Vital statistics of India. Vol. VI, European troops 1870-79
Year: 1870
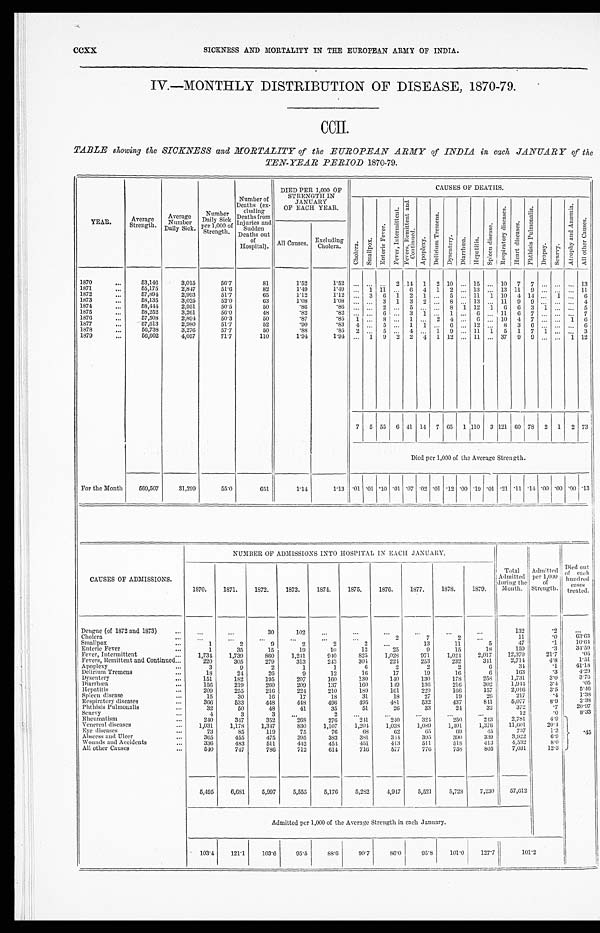
CCXX
SICKNESS AND MORTALITY IN TILE EUROPEAN ARMY OF INDIA.
IV.—MONTHLY DISTRIBUTION OF DISEASE, 1870-79.
CCII.
TABLE showing the SICKNESS and MORTALITY of the EUROPEAN ARMY of INDIA in each JANUARY of the
TEN-YEAR PERIOD 1870-79.
YEAR.
Average
Strength.
Average
Number
Daily Sick.
Number
Daily Sick
per 1,000 of
Strength.
N u m b e r o f D e a t h s ( e x - c l u d i n g D e a t h s f r o m I n j u r i e s a n d S u d d e n D e a t h s o u t o f H o s p i t a l ) .
DIED PER 1,000 OF
STRENGTH IN
JANUARY
OF EACH YEAR.
CAUSES OF DEATHS.
C h o l e r a . S ma l l p o x .
E n t e r i c F e v e r .
F e v e r , I n t e r mi t t e n t .
F e v e r s , R e m i t t e n t a n d C o n t i n u e d .
Ap o p l e x y .
D e l i r i u m T r e m e n s .
Dys e nt e r y. D i a r r h œ a .
H e p a t i t i s .
S p l e e n d i s e a s e .
R e s p i r a t o r y d i s e a s e s .
H e a r t d i s e a s e s .
P h t h i s i s P u l m o n a l i s .
Dr opsy. S e u r v y .
A t r o p h y a n d A n æ m i a .
A l l o t h e r C a u s e s .
All Causes. Excluding
Cholera.
1870
5 3 , 1 4 6
3 , 0 1 5
5 6 . 7
8 1
1 . 5 2
1 . 5 2
. . .
. . . . . .
2
1 4
1
2
1 0 . . .
1 5
. . .
1 0
7
7
. . .
. . .
. . .
1 3
1871
5 5 , 1 7 5
2 , 8 4 7
5 1 . 6
8 2
1 . 4 9
1 . 4 9
. . .
1
1 1
. . .
6
4 1
2 . . .
1 3
. . .
1 3
1 1
9
. . .
. . . . . .
1 1
1872
5 7 , 8 9 4
2 , 9 9 3
5 1 . 7
6 5
1 . 1 2
1 . 1 2
. . .
3
6
1
2
1
. . .
5 . . .
1 1
1
1 0
4
1 4
. . .
1
. . .
6
1873
5 8 , 1 3 5
3 , 0 2 5
5 2 . 0
6 3
1 . 0 8
1 . 0 8
. . .
. . .
3
1
3
2
. . .
8 . . .
1 3
. . .
1 1
9
9
. . .
. . .
. . .
4
1874
5 8 , 4 4 4
2 , 9 5 1
5 0 . 5
5 0
. 8 6
. 8 6
. . .
. . .
2
. . .
5
. . . . . .
8
1
1 2
1
6
6
3
1
. . .
. . .
5
1875
5 8 , 2 5 2
3 , 2 6 1
5 6 . 0
4 8
. 8 2
. 8 2
. . .
. . .
6
. . .
3
1
. . .
1 . . .
6
. . .
1 1
6
7
. . .
. . .
. . .
7
1876
5 7 , 5 0 8
2 , 8 9 4
5 0 . 3
5 0
. 8 7
. 8 5
1
. . .
8
. . .
1
. . .
2
4 . . .
6
. . .
1 0
4
7
. . .
. . .
1
6
1877
5 7 , 6 1 3
2 , 9 8 0
5 1 . 7
5 2
. 9 0
. 8 3
4
. . .
5
. . .
1
1
. . .
6 . . .
1 2
. . .
8
3
6
. . .
. . .
. . .
6
1878
5 6 , 7 3 8
3 , 2 7 6
5 7 . 7
5 0
. 8 8
. 8 5
2
. . .
5
. . .
4
. . .
1
9 . . .
1 1
1
5
1
7
1
. . .
. . .
3
1879
5 6 , 6 0 2
4 , 0 5 7
7 1 . 7
1 1 0
1 . 9 4
1 . 9 4
. . .
1
9
2
2
4
1
1 2 . . .
1 1
. . .
3 7
9
9
. . .
. . .
1
1 2
7
5
5 5
6
4 1
1 4 7
6 5
1
1 1 0
3
1 2 1
6 0
7 8
2
1
2
7 3
Died per 1,000 of the Average Strength.
For the Month
5 6 9 , 5 0 7
3 1 , 2 9 9
5 5 . 0
6 5 1
1 . 1 4
1 . 1 3
. 0 1
. 0 1
. 1 0
. 0 1
. 0 7
. 0 2 . 0 1
. 1 2
. 0 0
. 1 9
. 0 1
. 2 1
. 1 1
. 1 4
. 0 0
. 0 0
. 0 0
. 1 3
CAUSES OF ADMISSIONS.
NUMBER OF ADMISSIONS INTO HOSPITAL IN EACH JANUARY.
Tot al Admi t t ed duri ng t he Mont h.
Ad mi t t e d p e r 1 , 0 0 0 o f S t r e n g t h .
D i e d o u t o f e a c h h u n d r e d c a s e s t r e a t e d .
1870.
1871.
1872.
1873.
1874
1875.
1876.
1877.
1878.
1 8 7 9
Dengue (of 1872 and 1873)
. . .
. . .
3 0
1 0 2
. . .
. . .
. . .
. . .
. . .
. . .
1 3 2
. 2 . . .
Cholera
. . .
. . .
. . .
. . .
. . .
. . .
2
7
2
. . .
1 1
. 0 6 3 . 6 3
Smallpox
1
2
9
2
2
2
. . .
1 3
1 1
5
4 7
. 1
1 0 . 6 4
Enteric Fever
1
3 5
1 5
1 9
1 0
1 2
2 5
9
1 5
1 8
1 5 9
. 3 3 4 . 5 9
Fever, Intermittent
1 , 7 3 4
1 , 7 3 9
8 6 0
1 , 2 4 1
9 4 0
8 2 5
1 , 0 2 8
9 7 1
1 , 0 2 4
2 , 0 1 7
1 2 , 3 7 9
2 1 . 7
. 0 5
Fevers, Remittent and Continued
2 2 0
3 0 5
2 7 9
3 1 3
2 4 3
3 0 4
2 2 4
2 5 3
2 3 2
3 4 1
2 , 7 1 4
4 . 8
1 . 5 1
Apoplexy
3
9
2
1
1
6
2
2
2
6
3 4
. 1 4 1 . 1 8
Delirium Tremens
1 8
2 4
2 6
9
1 2
1 6
1 7
1 9
1 6
6
1 6 3
. 3
4 . 2 9
Dysentery
1 5 1
1 8 2
1 9 5
2 0 7
1 6 0
1 3 0
1 4 0
1 3 0
1 7 8
2 5 8
1 , 7 3 1
3 . 0
3 . 7 6
Diarrhœa
1 5 6
2 1 9
2 6 0
2 0 9
1 3 7
1 6 0
1 4 9
1 3 6
2 1 6
3 0 2
1 , 9 4 4
3 . 4
. 0 5
Hepatitis
2 0 9
2 5 5
2 1 6
2 2 4
2 1 0
1 8 9
1 6 1
2 2 9
1 6 6
1 5 7
2 , 0 1 6
3 . 5
5 . 4 6
Spleen disease
1 5
3 0
1 6
1 7
1 8
3 1
1 8
2 7
1 9
2 6
2 1 7
. 4
1 . 3 8
Respiratory diseases
3 6 6
5 3 3
4 4 8
4 4 8
4 9 6
4 9 5
4 8 1
5 3 2
4 3 7
8 4 1
5 , 0 7 7
8 . 9
2 . 3 8
Phthisis Pulmonalis
3 2
5 0
4 8
4 1
3 5
5 1
2 6
3 3
2 4
3 2
3 7 2
. 7 2 0 . 9 7
Seurvy
4
3
3
. . .
2
. . .
. . .
. . .
. . .
. . .
1 2
. 0 8 . 3 3
Rheumatism
2 4 0
3 4 7
3 5 2
2 6 8
2 7 6
2 4 1
2 4 0
3 2 4
2 5 0
2 4 3
2 , 7 8 1
4 . 9
. 4 5
Veneral diseases
1 , 0 3 1
1 , 1 7 8
1 , 3 4 7
8 3 0
1 , 1 0 7
1 , 2 0 4
1 , 0 3 8
1 , 0 8 9
1 , 4 0 1
1 , 3 7 6
1 1 , 6 0 1
2 0 . 4
Eye diseases
7 3
8 5
1 1 9
7 5
7 6
6 8
6 2
6 5
6 9
4 5
7 3 7
1 . 3
Abscess and Ulcer
3 6 5
4 5 5
4 7 5
3 9 5
3 8 3
3 8 1
3 4 4
3 9 5
3 9 0
3 3 9
3 , 9 2 2
6 . 9
Wounds and Accidents
3 3 6
4 8 3
5 1 1
4 4 2
4 5 4
4 5 1
4 1 3
5 1 1
5 1 8
4 1 3
4 , 5 3 2
8 . 0
All other Causes
5 4 0
7 4 7
7 8 6
7 1 2
6 1 4
7 1 6
5 7 7
7 7 6
7 5 8
8 0 5
7 , 0 3 1
1 2 . 3
5 , 4 9 5
6 , 6 8 1
5 , 9 9 7
5 , 5 5 5
5 , 1 7 6
5 , 2 8 2
4 , 9 4 7
5 , 5 2 1
5 , 7 2 8
7 , 2 3 0
5 7 , 6 1 2
A d m i t t e d p e r 1 , 0 0 0 o f t h e A v e r a g e S t r e n g t h i n e a c h J a n u a r y .
1 0 3 . 4
1 2 1 . 1
1 0 3 . 6
9 5 . 5
8 8 . 6
9 0 . 7
8 6 . 0
9 5 . 8
1 0 1 . 0
1 2 7 . 7
1 0 1 . 2